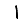
Digit: 1